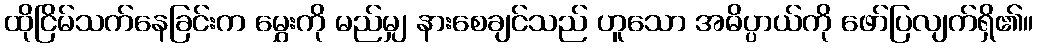
ထိုငြိမ်သက်နေခြင်းက မွှေးကို မည်မျှ နားစေချင်သည် ဟူသော အဓိပ္ပာယ်ကို ဖော်ပြလျက်ရှိ၏။